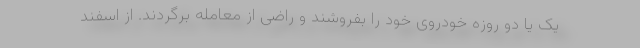
یک یا دو روزه خودروی خود را بفروشند و راضی از معامله برگردند. از اسفند